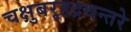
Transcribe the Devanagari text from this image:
चक्षुबरृहद्रथन्तरे